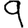
Digit: 9